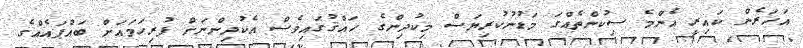
އަހަރެން ކައިރީ އެންމެ ސިކުންތެއްގަ މަޑުނުކުރިޔަސް މިކުދިންގެ ހައްޤުގައިވެސް އެކުދިންނަށް ފުރިހަމައަށް ބައްޕައެއްގެ